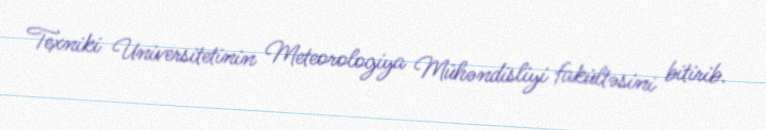
Texniki Universitetinin Meteorologiya Mühəndisliyi fakültəsini bitirib.